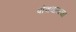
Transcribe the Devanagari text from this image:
पोचवायचा